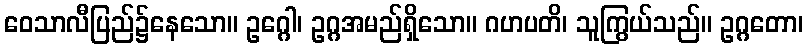
ဝေသာလီပြည်၌နေသော။ ဥဂ္ဂေါ၊ ဥဂ္ဂအမည်ရှိသော။ ဂဟပတိ၊ သူကြွယ်သည်။ ဥဂ္ဂတော၊